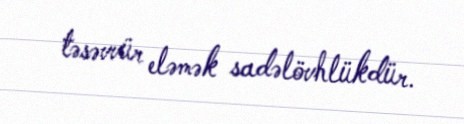
təsəvvür eləmək sadəlövhlükdür.